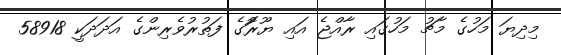
މިދިޔަ މަހުގެ މާޗު މަހުގައި ރާއްޖެ އައި ޔޫރަޮުގެ ފަތުރުވެރިންގެ އަދަދަކީ 58918